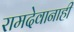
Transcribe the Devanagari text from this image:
रामदेवानाही